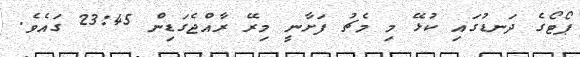
ޕޯޓޯގެ ދަނޑުގައި ކުޅޭ މި މެޗު ފަށާނީ މިރޭ ރާއްޖެގަޑިން 23:45 ގައެވެ.